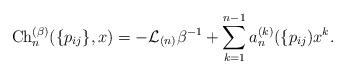
LaTeX: \begin{gather*}{\rm Ch}_{n}^{(\beta)}(\{p_{ij} \},x) = - {\cal{L}}_{(n)} \beta^{-1} + \sum_{k=1}^{n-1} a_{n}^{(k)}(\{p_{ij}) x^{k}.\end{gather*}